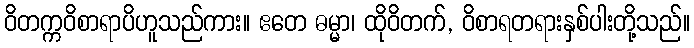
ဝိတက္ကဝိစာရာပိဟူသည်ကား။ ဧတေ ဓမ္မာ၊ ထိုဝိတက်, ဝိစာရတရားနှစ်ပါးတို့သည်။